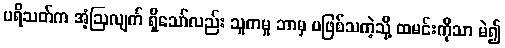
ပရိသတ်က အံ့ဩလျက် ရှိသော်လည်း သူကမူ ဘာမှ မဖြစ်သကဲ့သို့ ထမင်းကိုသာ မဲ၍